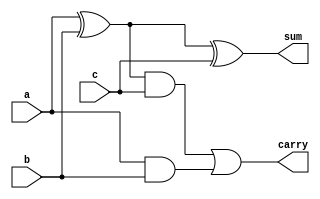
//Implementaion of FULL ADDER by using Data Flow Modelling
module full_adder(a,b,c,sum,carry);
    input a,b,c;
    output sum,carry;
  assign sum=a^b^c;
  assign carry=(a^b)&c|a&b;
endmodule

module ripple_carry_adder(a,b,cin,s,carry_out);
input [3:0]a,b;
input cin;
output [3:0]s;
output carry_out;
wire c1,c2,c3,x0,x1,x2,x3;
xor(x0,cin,b[0]);
xor(x1,cin,b[1]);
xor(x2,cin,b[2]);
xor(x3,cin,b[3]);
full_adder f1(.a(a[0]),.b(x0),.c(cin),.sum(s[0]),.carry(c1));
full_adder f2(.a(a[1]),.b(x1),.c(c1),.sum(s[1]),.carry(c2));
full_adder f3(.a(a[2]),.b(x2),.c(c2),.sum(s[2]),.carry(c3));
full_adder f4(.a(a[3]),.b(x3),.c(c3),.sum(s[3]),.carry(carry_out));
endmodule